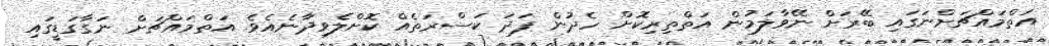
އަތްމައްޗަށްނަގައި ބޭރަށް ނޭވާލަމުން އަތްތިރިކޮށް ހެދުން ފަދަ ކަސްރަތެއް ކޮށްލެވިދާނެއެވެ. އަތްމައްޗަށް ނަގާގަޑީގައި